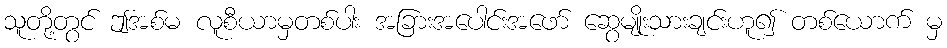
သူတို့တွင် ဤအစ်မ လူစီယာမှတစ်ပါး အခြားအပေါင်းအဖော် ဆွေမျိုးသားချင်းဟူ၍ တစ်ယောက် မှ